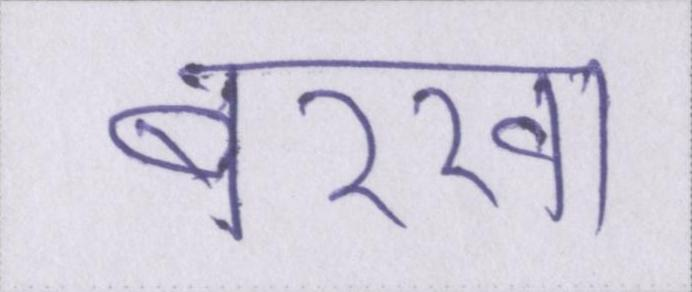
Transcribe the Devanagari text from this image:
बरखा